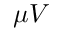
\mu V